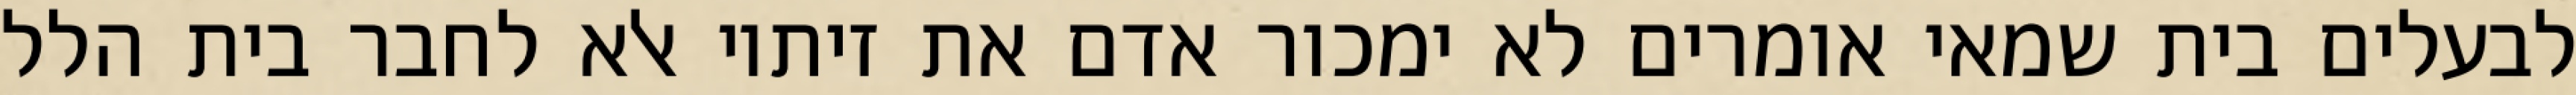
לבעלים בית שמאי אומרים לא ימכור אדם את זיתיו אלא לחבר בית הלל